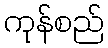
ကုန်စည်